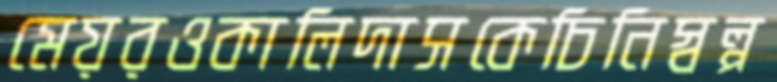
মেয়রওকালিদাসকেচিনিস্বল্প